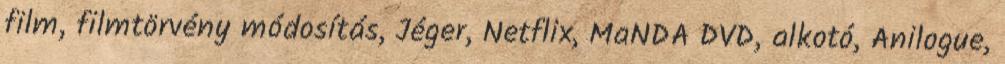
film, filmtörvény módosítás, Jéger, Netflix, MaNDA DVD, alkotó, Anilogue,